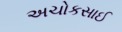
અચોકસાઈ